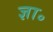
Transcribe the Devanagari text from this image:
ज्ञा॰